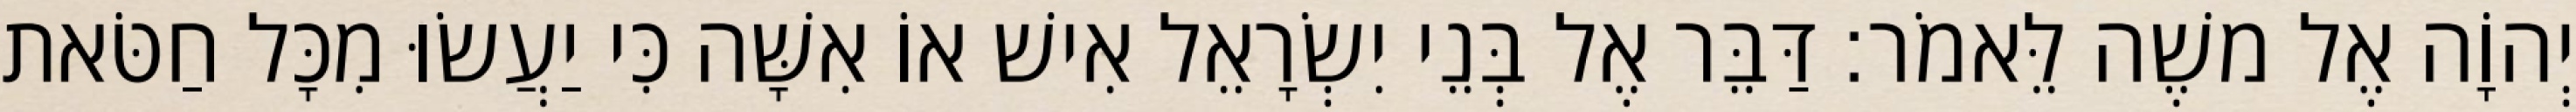
יְהוָֹה אֶל משֶׁה לֵּאמֹר׃ דַּבֵּר אֶל בְּנֵי יִשְׂרָאֵל אִישׁ אוֹ אִשָּׁה כִּי יַעֲשׂוּ מִכָּל חַטֹּאת